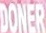
DONER